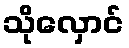
သိုလှောင်